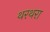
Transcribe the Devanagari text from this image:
थरथरा